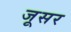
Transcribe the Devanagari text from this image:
जूसर